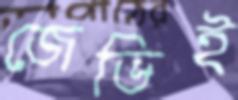
জেভিই